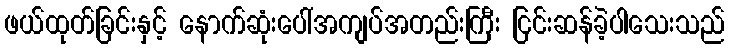
ဖယ်ထုတ်ခြင်းနှင့် နောက်ဆုံးပေါ်အကျပ်အတည်းကြီး ငြင်းဆန်ခဲ့ပါသေးသည်